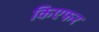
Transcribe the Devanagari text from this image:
किएफर